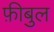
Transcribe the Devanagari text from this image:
फ़ीबुल